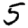
Digit: 5